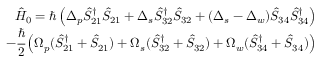
\begin{array} { r } { \hat { H } _ { 0 } = \hslash \left( \Delta _ { p } \hat { S } _ { 2 1 } ^ { \dagger } \hat { S } _ { 2 1 } + \Delta _ { s } \hat { S } _ { 3 2 } ^ { \dagger } \hat { S } _ { 3 2 } + ( \Delta _ { s } - \Delta _ { w } ) \hat { S } _ { 3 4 } \hat { S } _ { 3 4 } ^ { \dagger } \right) } \\ { - \cfrac { \hslash } { 2 } \left( \Omega _ { p } ( \hat { S } _ { 2 1 } ^ { \dagger } + \hat { S } _ { 2 1 } ) + \Omega _ { s } ( \hat { S } _ { 3 2 } ^ { \dagger } + \hat { S } _ { 3 2 } ) + \Omega _ { w } ( \hat { S } _ { 3 4 } ^ { \dagger } + \hat { S } _ { 3 4 } ) \right) } \end{array}